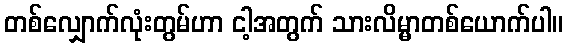
တစ်လျှောက်လုံးတွမ်ဟာ ငါ့အတွက် သားလိမ္မာတစ်ယောက်ပါ။